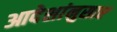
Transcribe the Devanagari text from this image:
आदेशांनुसार